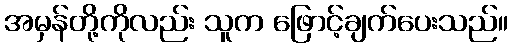
အမှန်တို့ကိုလည်း သူက ဖြောင့်ချက်ပေးသည်။